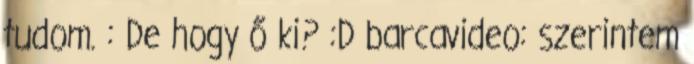
tudom. : De hogy ő ki? :D barcavideo: szerintem